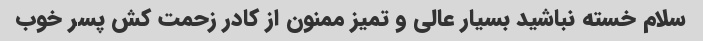
سلام خسته نباشید بسیار عالی و تمیز ممنون از کادر زحمت کش پسر خوب